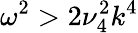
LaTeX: \omega^{2}>2\nu_{4}^{2}k^{4}